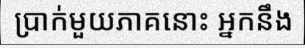
ប្រាក់មួយភាគនោះ អ្នកនឹង